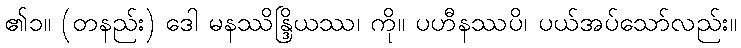
၏၁။ (တနည်း) ဒေါ မနဿိန္ဒြိယဿ၊ ကို။ ပဟီနဿပိ၊ ပယ်အပ်သော်လည်း။